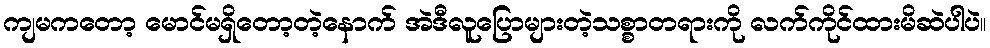
ကျမကတော့ မောင်မရှိတော့တဲ့နောက် အဲဒီလူပြောများတဲ့သစ္စာတရားကို လက်ကိုင်ထားမိဆဲပါပဲ။